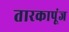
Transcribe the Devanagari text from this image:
तारकापूंज